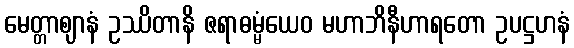
မေတ္တာဈာနံ ဥဿိတာနိ ဇရာဓမ္မံယေဝ မဟာဘိနီဟာရတော ဥပဋ္ဌဟနံ